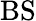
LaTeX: \mathrm{BS}